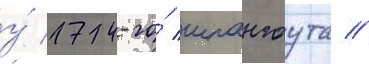
у́ 174-го́ шпангоута //